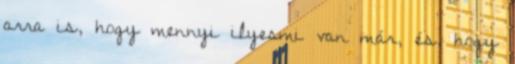
arra is, hogy mennyi ilyesmi van már, és, hogy